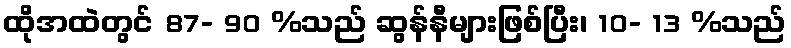
ထိုအထဲတွင် 87- 90 %သည် ဆွန်နီများဖြစ်ပြီး၊ 10- 13 %သည်